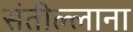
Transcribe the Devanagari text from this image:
संतील्लाना